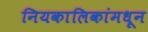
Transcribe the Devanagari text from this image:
नियकालिकांमधून